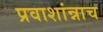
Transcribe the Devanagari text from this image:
प्रवाशांन्नाच